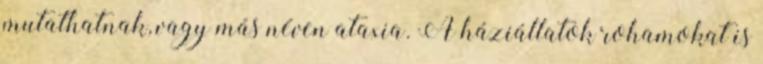
mutathatnak, vagy más néven ataxia. A háziállatok rohamokat is